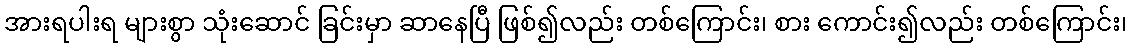
အားရပါးရ များစွာ သုံးဆောင် ခြင်းမှာ ဆာနေပြီ ဖြစ်၍လည်း တစ်ကြောင်း၊ စား ကောင်း၍လည်း တစ်ကြောင်း၊